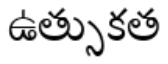
ఉత్సుకత